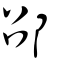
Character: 邵